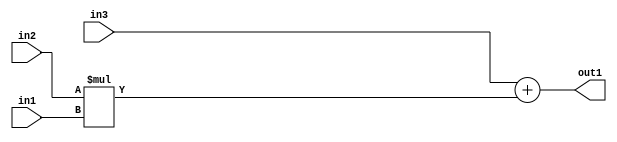
`timescale 1ps / 1ps
/*****************************************************************************
    Verilog RTL Description
    
    
    Created by: Stratus DpOpt 2019.1.01 
*******************************************************************************/

module DC_Filter_Add2Mul2u4u8u12_4 (
	in3,
	in2,
	in1,
	out1
	); /* architecture "behavioural" */ 
input [11:0] in3;
input [7:0] in2;
input [3:0] in1;
output [11:0] out1;
wire [11:0] asc001;

wire [11:0] asc001_tmp_0;
assign asc001_tmp_0 = 
	+(in3);
assign asc001 = asc001_tmp_0
	+(in2 * in1);

assign out1 = asc001;
endmodule

/* CADENCE  uLL0Tgo= : u9/ySgnWtBlWxVPRXgAZ4Og= ** DO NOT EDIT THIS LINE ******/